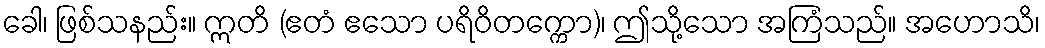
ခေါ၊ ဖြစ်သနည်း။ ဣတိ (ဧတံ ဧသော ပရိဝိတက္ကော)၊ ဤသို့သော အကြံသည်။ အဟောသိ၊